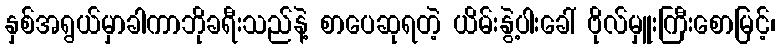
နှစ်အရွယ်မှာခါကာဘိုခရီးသည်နဲ့ စာပေဆုရတဲ့ ယိမ်းနွဲ့ပါးခေါ် ဗိုလ်မှူးကြီးစောမြင့်၊